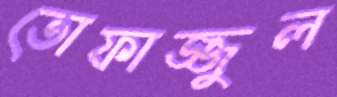
তোফাজ্জুল